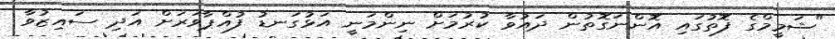
"ޝަމީމްގެ ފޮތުގައި އޮންނަގޮތުން ދައުވާ ކުރުމަށް ނިންމަނީ އަޅުގަނޑު ފުއްޕާވަރަށް އަދި ސައިޒުވާ